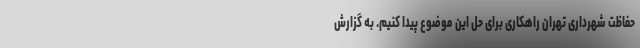
حفاظت شهرداری تهران راهکاری برای حل این موضوع پیدا کنیم. به گزارش